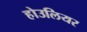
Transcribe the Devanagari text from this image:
होउलियर